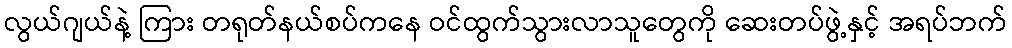
လွယ်ဂျယ်နဲ့ ကြား တရုတ်နယ်စပ်ကနေ ဝင်ထွက်သွားလာသူတွေကို ဆေးတပ်ဖွဲ့နှင့် အရပ်ဘက်